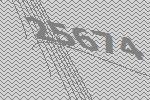
25674